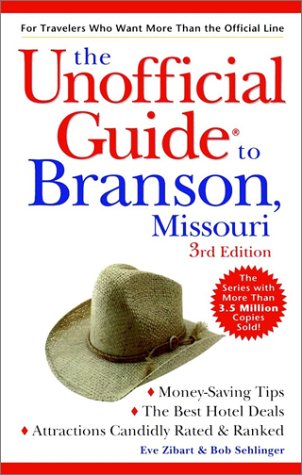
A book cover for The Unofficial Guide to Branson, Missouri; Eve Zibart; Travel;